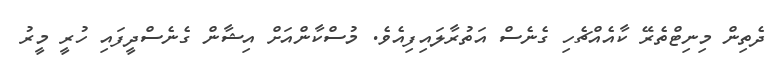
ދެތިން މިނިޓްތެރޭ ކާއެއްޗެހި ގެނެސް އަތުރާލައިފިއެވެ. މުސްކާންއަށް އިޝާން ގެނެސްދީފައި ހުރީ މީރު